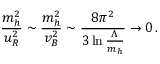
{ \frac { m _ { h } ^ { 2 } } { u _ { R } ^ { 2 } } } \sim { \frac { m _ { h } ^ { 2 } } { v _ { B } ^ { 2 } } } \sim { \frac { 8 \pi ^ { 2 } } { 3 \ln { \frac { \Lambda } { m _ { h } } } } } \to 0 \, .